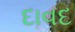
દાવદ